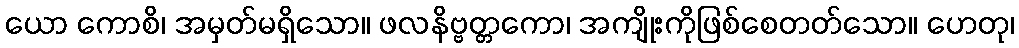
ယော ကောစိ၊ အမှတ်မရှိသော။ ဖလနိဗ္ဗတ္တကော၊ အကျိုးကိုဖြစ်စေတတ်သော။ ဟေတု၊